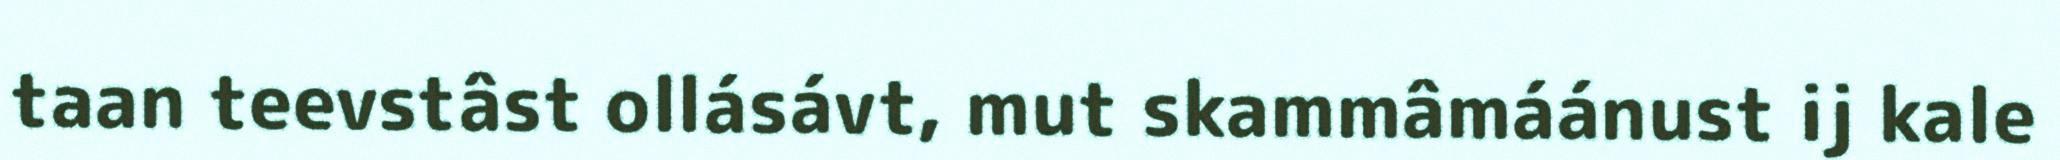
taan teevstâst ollásávt, mut skammâmáánust ij kale